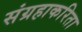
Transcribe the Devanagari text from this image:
संग्रहाकरिता